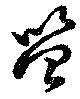
笞